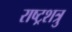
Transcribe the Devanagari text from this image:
राष्ट्रशत्रु